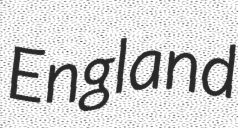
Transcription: England